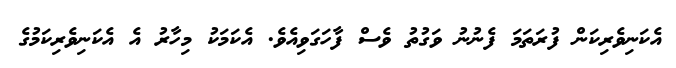
އެކަނިވެރިކަން ފުރަތަމަ ފެނުނު ވަގުތު ވެސް ފާހަގަވިއެވެ. އެކަމަކު މިހާރު އެ އެކަނިވެރިކަމުގެ